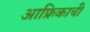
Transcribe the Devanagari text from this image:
आफ्रिकाची